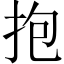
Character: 抱